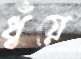
ধুঁয়ে